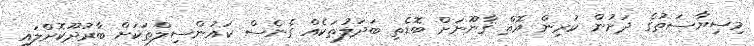
މިސިޔާސަތުގެ ދަށުން ކުރިން އޮތް ޤާނޫނަށް ބޮޑެތި ބަދަލުތަކެއް ގެނެސް ކައުންސިލްތަކަށް ބާރުދޫކޮށްލައި